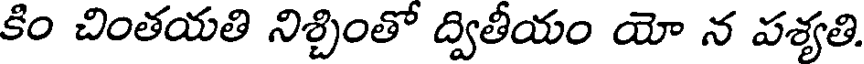
కిం చింతయతి నిశ్చింతో ద్వితీయం యో న పశ్యతి.